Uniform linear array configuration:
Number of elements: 32
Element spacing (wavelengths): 0.5
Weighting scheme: kaiser
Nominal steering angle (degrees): -15
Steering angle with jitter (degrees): -15.008
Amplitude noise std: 0.05
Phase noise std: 0.05

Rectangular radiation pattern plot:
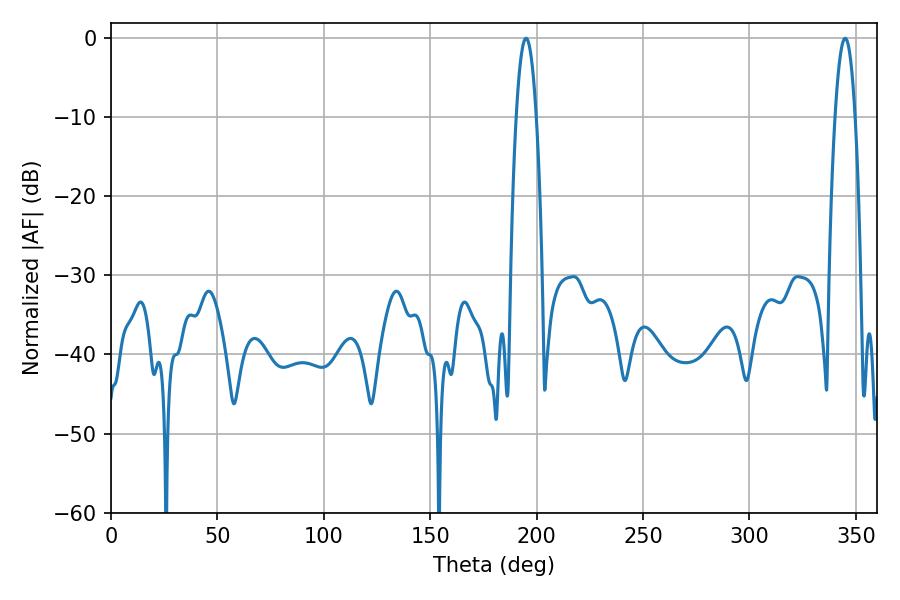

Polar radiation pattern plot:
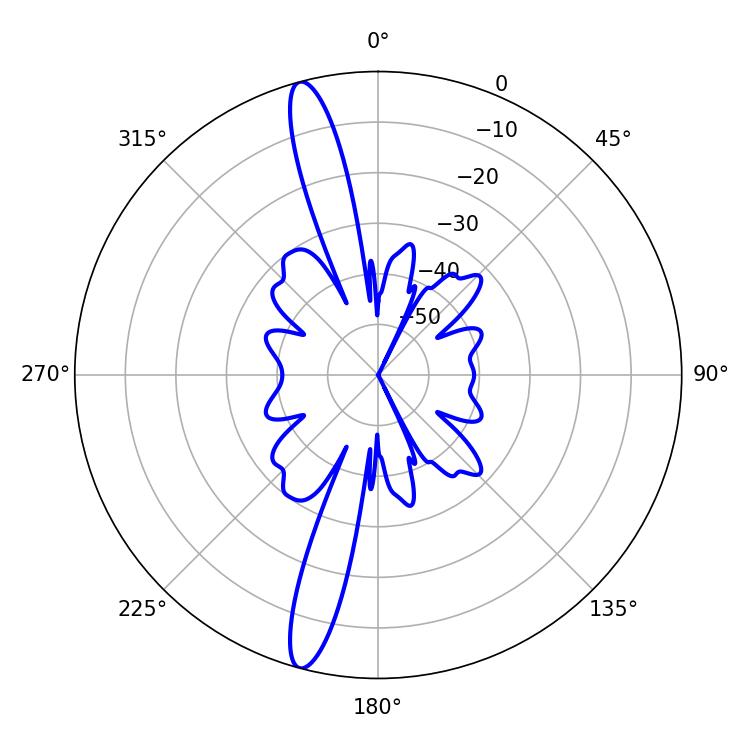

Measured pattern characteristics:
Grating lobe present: FALSE
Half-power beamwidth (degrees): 5.22
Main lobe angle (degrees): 194.94